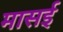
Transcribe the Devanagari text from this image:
मासई